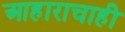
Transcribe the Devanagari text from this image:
आहाराचाही